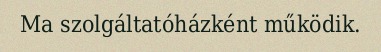
Ma szolgáltatóházként működik.